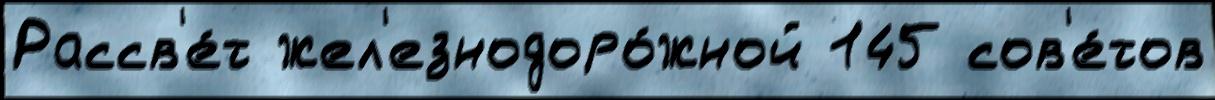
Рассв'е́т жел'езнодоро́жной 145 сов'е́тов